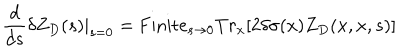
{ \frac { d } { d s } } \delta Z _ { D } ( s ) | _ { s = 0 } = \mathrm { F i n i t e } _ { s \to 0 } T r _ { x } [ 2 \delta \sigma ( x ) Z _ { D } ( x , x , s ) ]